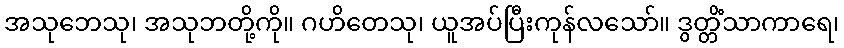
အသုဘေသု၊ အသုဘတို့ကို။ ဂဟိတေသု၊ ယူအပ်ပြီးကုန်လသော်။ ဒွတ္တိံသာကာရေ၊